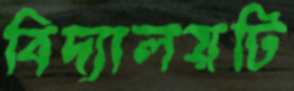
বিদ্যালয়টি